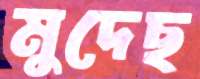
মুদেছ